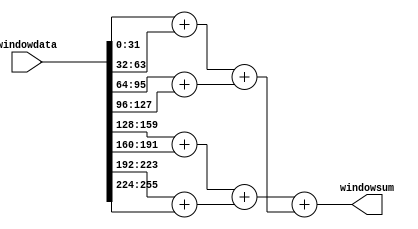
module WindowSumCalc(
    input [255:0] windowdata,
    output reg signed [31:0] windowsum
);

reg signed [31:0] AccTreeL1 [7:0];
reg signed [31:0] AccTreeL2 [3:0];
reg signed [31:0] AccTreeL3 [1:0];

integer i;

always @(*) begin
    //acc level 1, input slicing
    for(i=0;i<8;i=i+1) begin
        AccTreeL1[i] = windowdata[32*i +: 32];
    end
    //acc level 2
    for (i=0;i<4;i=i+1) begin
        AccTreeL2[i]=AccTreeL1[2*i]+AccTreeL1[2*i+1];
    end
    //acc level 3
    for (i=0;i<2;i=i+1) begin
        AccTreeL3[i]=AccTreeL2[2*i]+AccTreeL2[2*i+1];
    end
    windowsum=AccTreeL3[1]+AccTreeL3[0];
end

endmodule